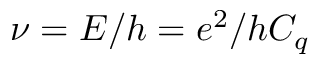
\nu = E / h = e ^ { 2 } / h C _ { q }